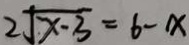
2 \sqrt { x - 3 } = 6 - x